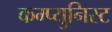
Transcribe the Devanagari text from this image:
कम्प्युनिस्ट